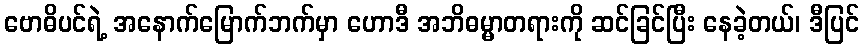
ဗောဓိပင်ရဲ့ အနောက်မြောက်ဘက်မှာ ဟောဒီ အဘိဓမ္မာတရားကို ဆင်ခြင်ပြီး နေခဲ့တယ်၊ ဒီပြင်